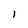
Character: I